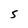
Character: 5